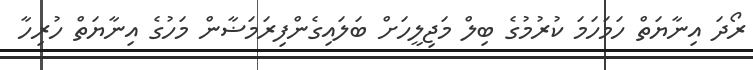
ރޯދަ އިނާޔަތް ހަމަހަމަ ކުރުމުގެ ބިލް މަޖިލީހަށް ބަލައިގެންފިރަމަޟާން މަހުގެ އިނާޔަތް ހުރިހާ